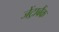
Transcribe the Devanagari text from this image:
जेंट्राबैंक